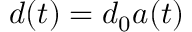
d ( t ) = d _ { 0 } a ( t )